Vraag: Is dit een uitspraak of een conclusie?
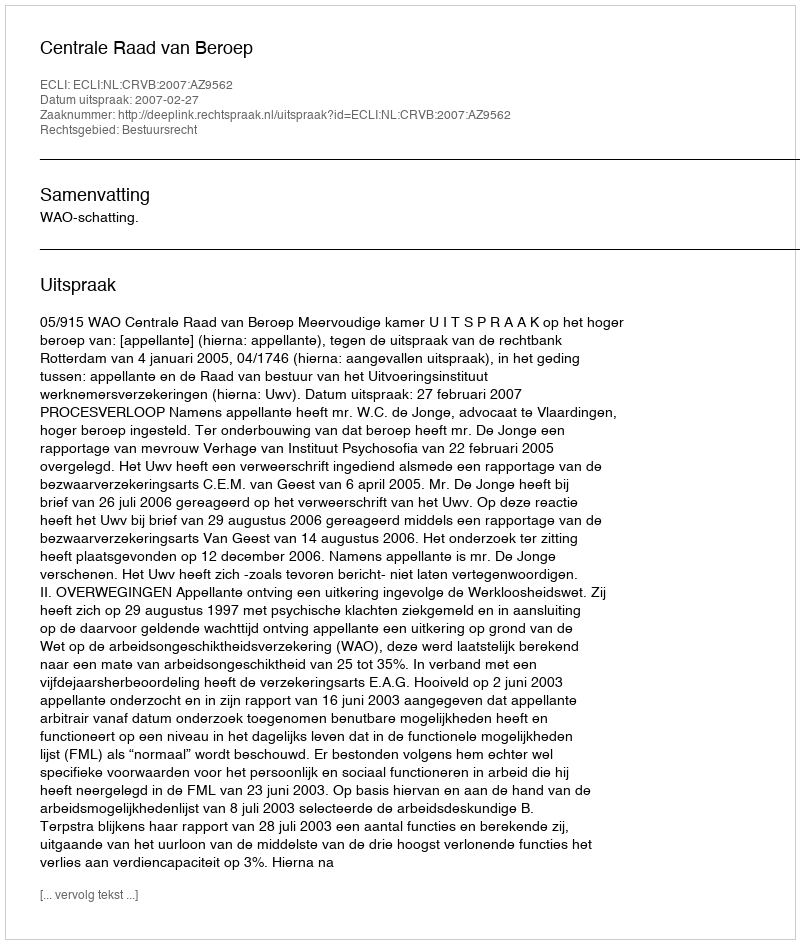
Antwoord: Uitspraak